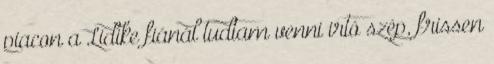
piacon a Lidike fiánál tudtam venni irtó szép, frissen